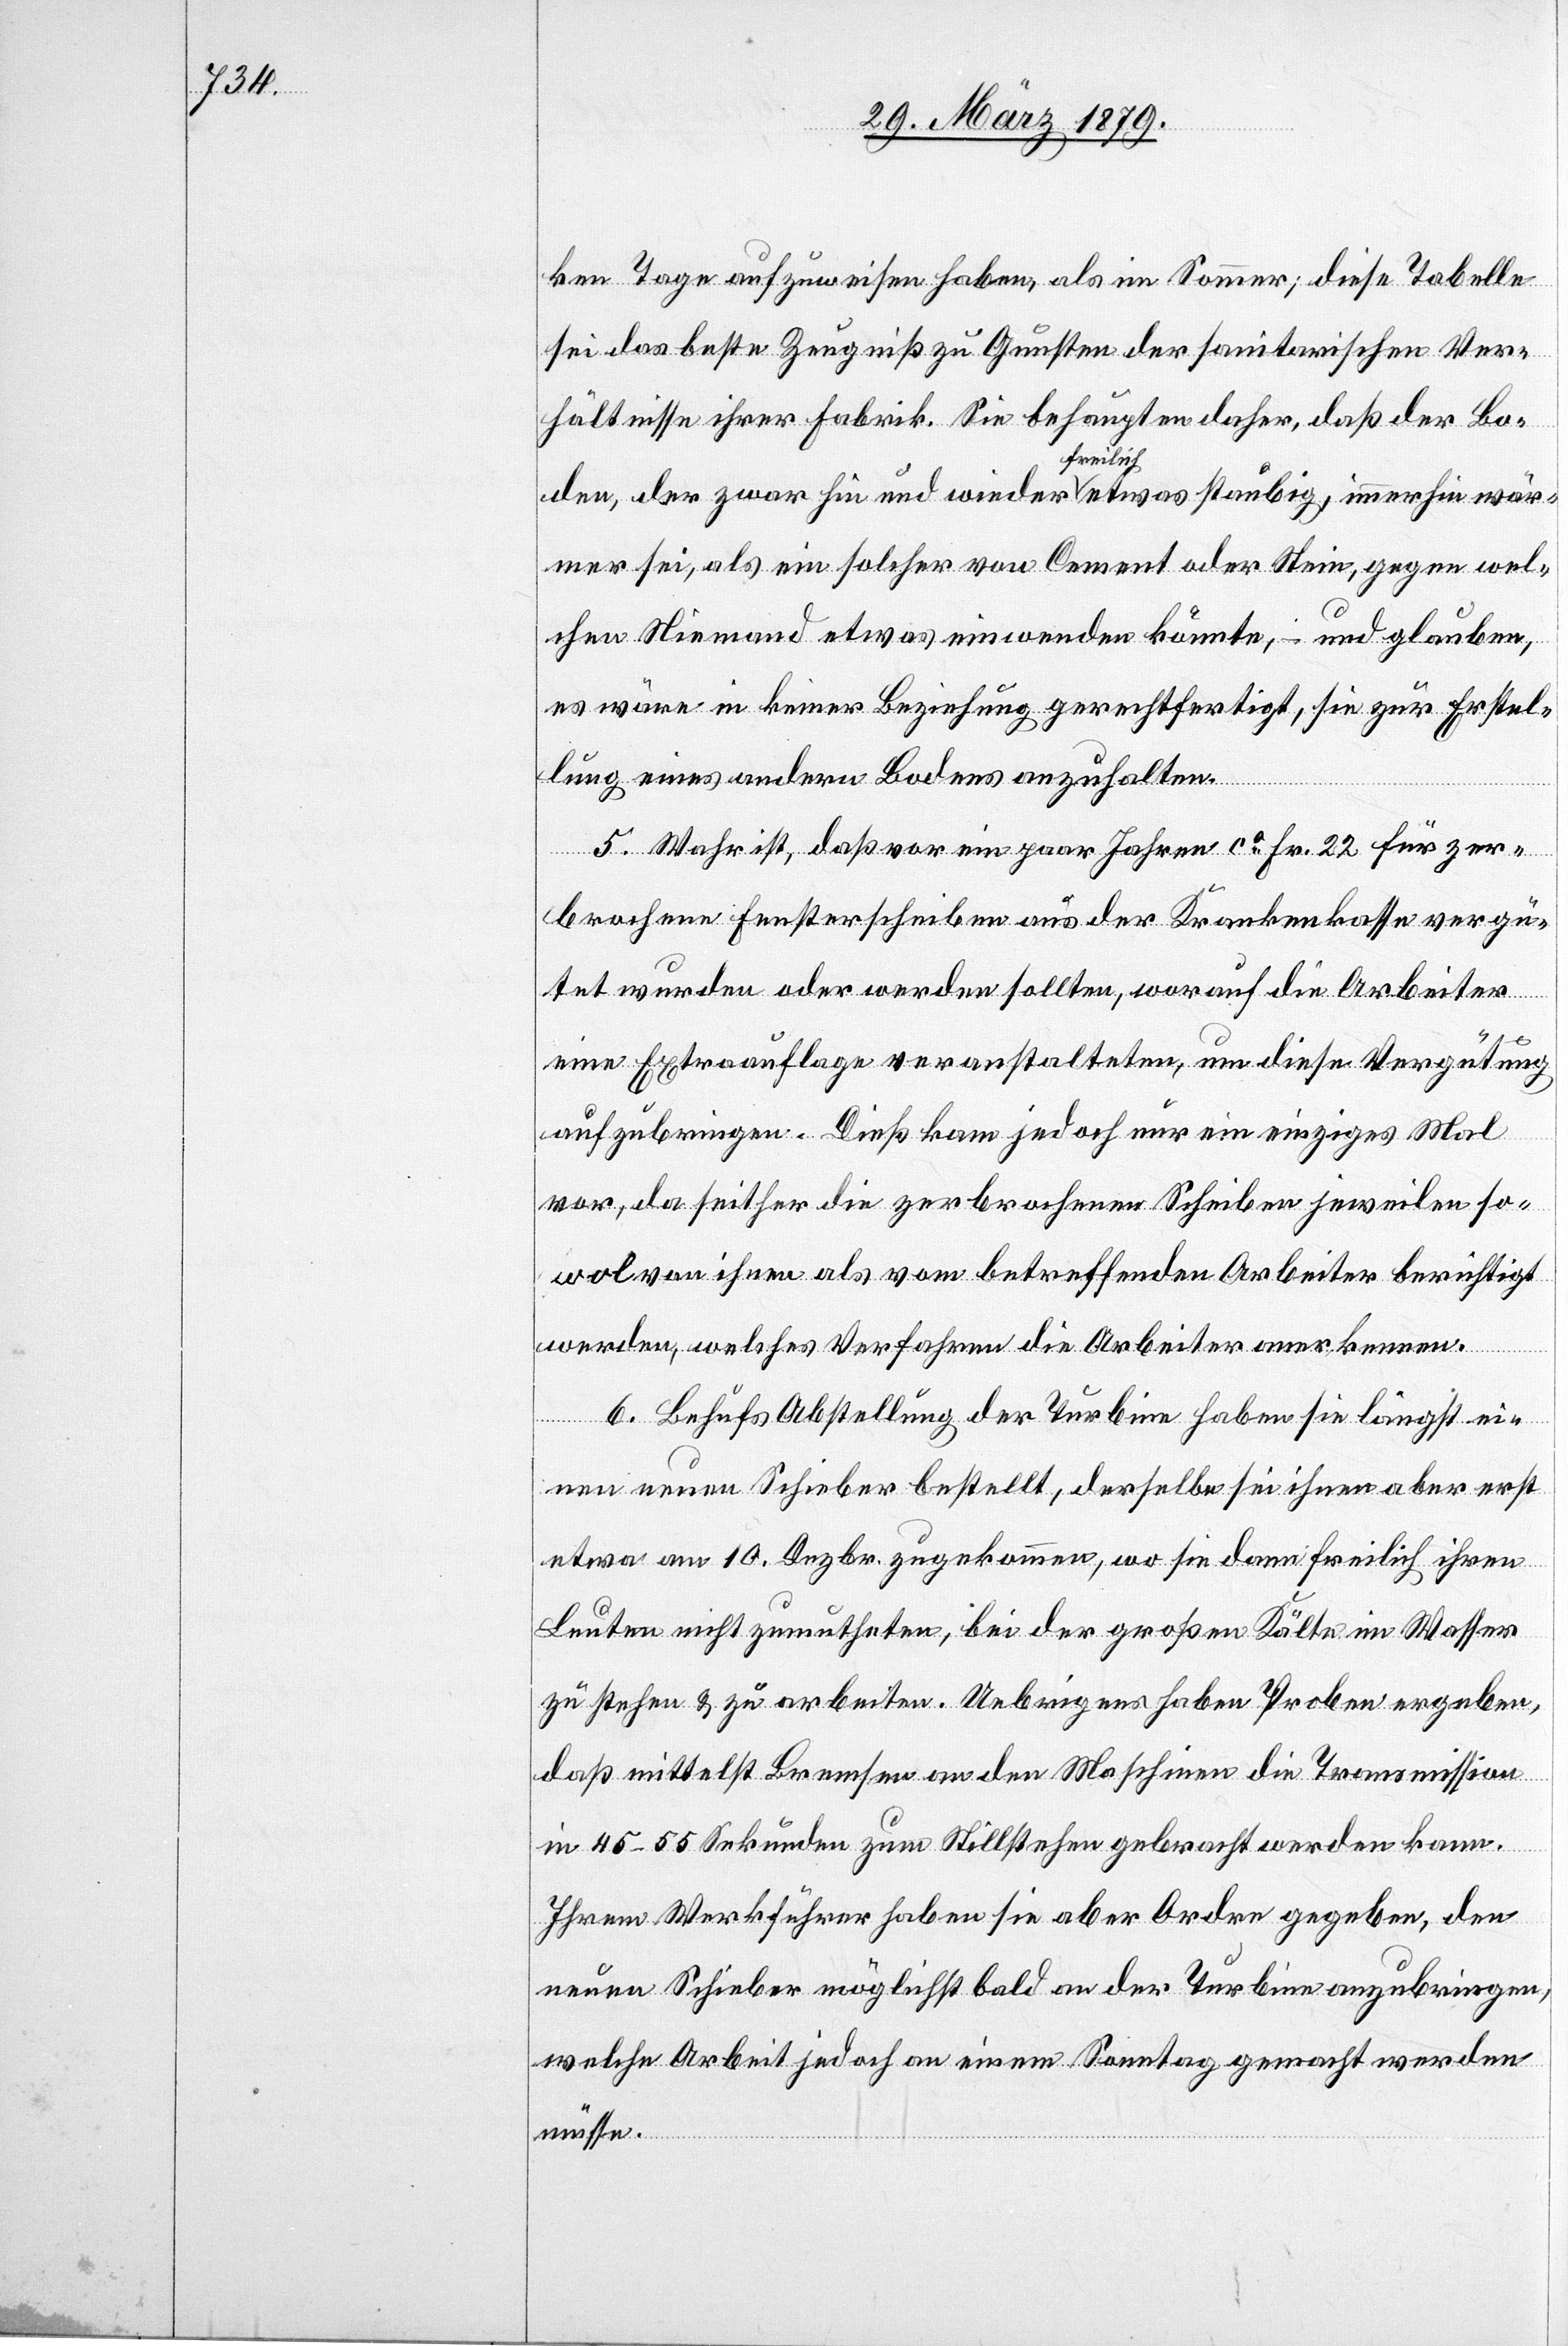
sei das beste Zeugniß zu Gunsten der sanitarischen Ver¬
hältnisse ihrer Fabrik. Sie behaupten daher, daß der Bo¬
den, der zwar hin und wieder freilich etwas staubig, immerhin wär¬
mer sei, als ein solcher von Cement oder Stein, gegen wel¬
chen Niemand etwas einwenden könnte, – und glauben,
es wäre in keiner Beziehung gerechtfertigt, sie zur Erstel¬
lung eines andern Bodens anzuhalten.
diese
5. Wahr ist, daß vor ein paar Jahren ca Fr. 22 für zer¬
brochene Fensterscheiben aus der Krankenkasse vergü¬
tet wurden oder werden sollten, worauf die Arbeiter
eine Extrauflage veranstalteten, um diese Vergütung
einzubringen. Dieß kam jedoch nur ein einziges Mal
vor, da seither die zerbrochenen Scheiben jeweilen so¬
wol von ihnen als vom betreffenden Arbeiter berichtigt
werden, welches Verfahren die Arbeiter anerkennen.
6. Behufs Abstellung der Turbine haben sie längst ei¬
nen neuen Schieber bestellt, derselbe sei ihnen aber erst
etwa am 10. Dezbr. zugekommen, wo sie dann freilich ihren
Leuten nicht zumutheten, bei der großen Kälte im Wasser
zu stehen & zu arbeiten. Uebrigens haben Proben ergeben,
daß mittelst Bremsen an den Maschinen die Transmission
in 45–55 Sekunden zum Stillstehen gebracht werden kann.
Ihrem Werkführer haben sie aber Ordre gegeben, den
neuen Schieber möglichst bald an der Turbine anzubringen,
welche Arbeit jedoch an einem Sonntag gemacht werden
müsse.